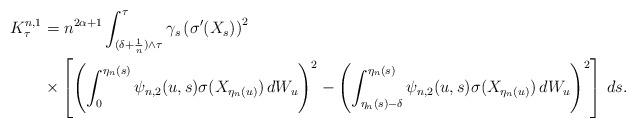
LaTeX: \begin{align*} K^{n,1}_\tau &=n^{2\alpha+1} \int^{\tau}_{(\delta+\frac 1n) \wedge \tau } \gamma_s \left(\sigma'(X_s)\right)^2 \\ & \times \left[ \left( \int_{0}^{\eta_n(s)}\psi_{n,2}(u,s) \sigma(X_{\eta_n(u)})\, dW_u\right)^2 - \left( \int_{\eta_n(s)-\delta}^{\eta_n(s)}\psi_{n,2}(u,s) \sigma(X_{\eta_n(u)})\, dW_u\right)^2 \right] \, ds. \end{align*}